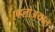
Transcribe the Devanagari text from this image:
एहलोअयाल